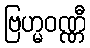
ဗြဟ္မဝဏ္ဏီ